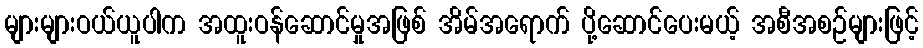
များများဝယ်ယူပါက အထူးဝန်ဆောင်မှုအဖြစ် အိမ်အရောက် ပို့ဆောင်ပေးမယ့် အစီအစဉ်များဖြင့်